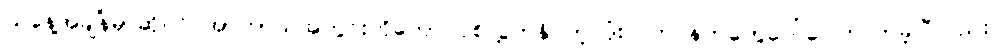
ယနေ့အချိန်မှာဆိုရင် အာကာသအတွင်းကိုတောင်ပစ်လွှတ်နိုင်တဲ့ ဒုံးလက် နက်တွေပေါ်ပေါက်လာခဲ့ပြီလည်း